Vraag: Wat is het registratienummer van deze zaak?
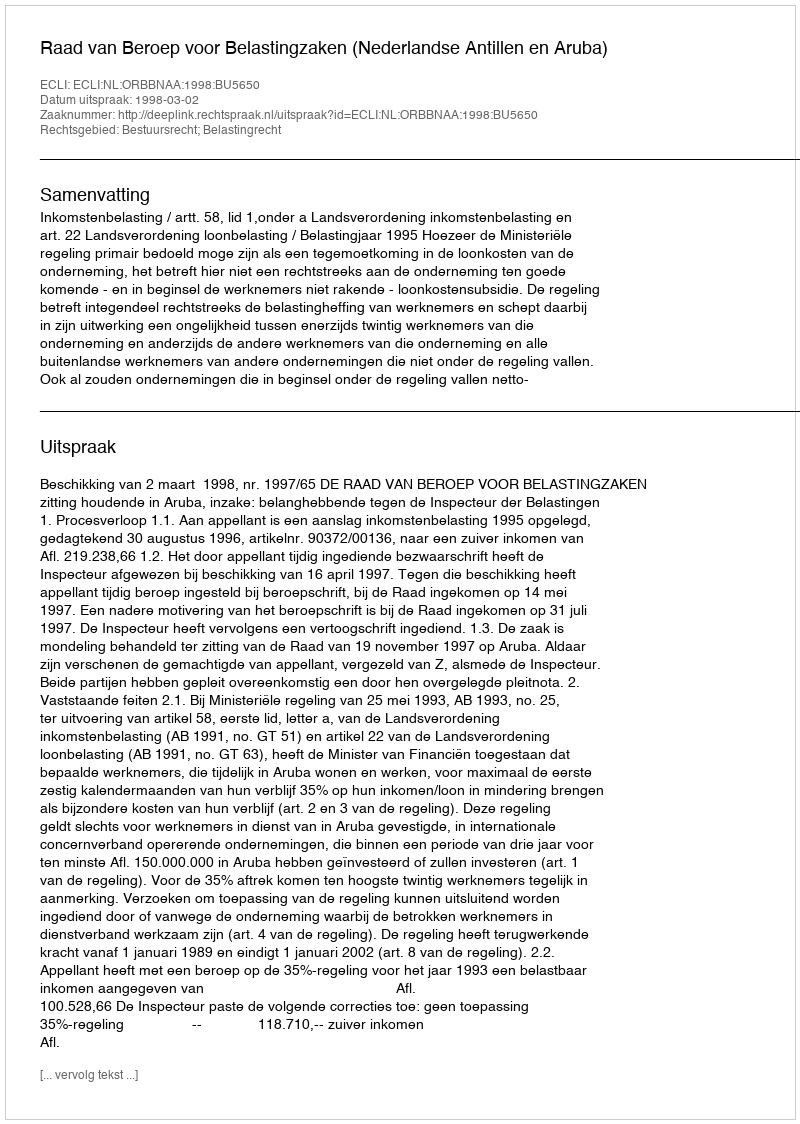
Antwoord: http://deeplink.rechtspraak.nl/uitspraak?id=ECLI:NL:ORBBNAA:1998:BU5650